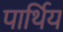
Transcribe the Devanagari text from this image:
पार्थिय